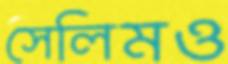
সেলিমও